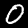
Label: 0